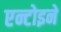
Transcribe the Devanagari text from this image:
एन्टोइने